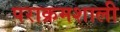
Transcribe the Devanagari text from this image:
पराक्रमशाली